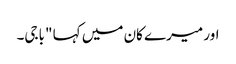
اور میرے کان میں کہا "باجی۔